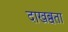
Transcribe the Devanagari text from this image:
दाखब्वता